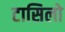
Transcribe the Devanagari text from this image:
टासिलो